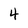
Character: 4